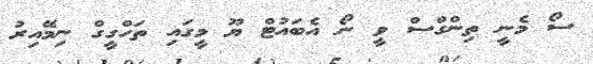
ސޯ މެނީ ތިންގްސް ވީ ނޯ އެބައުޓް ޔޫ މީގައި ތަހްގީގް ނިމޭއިރު